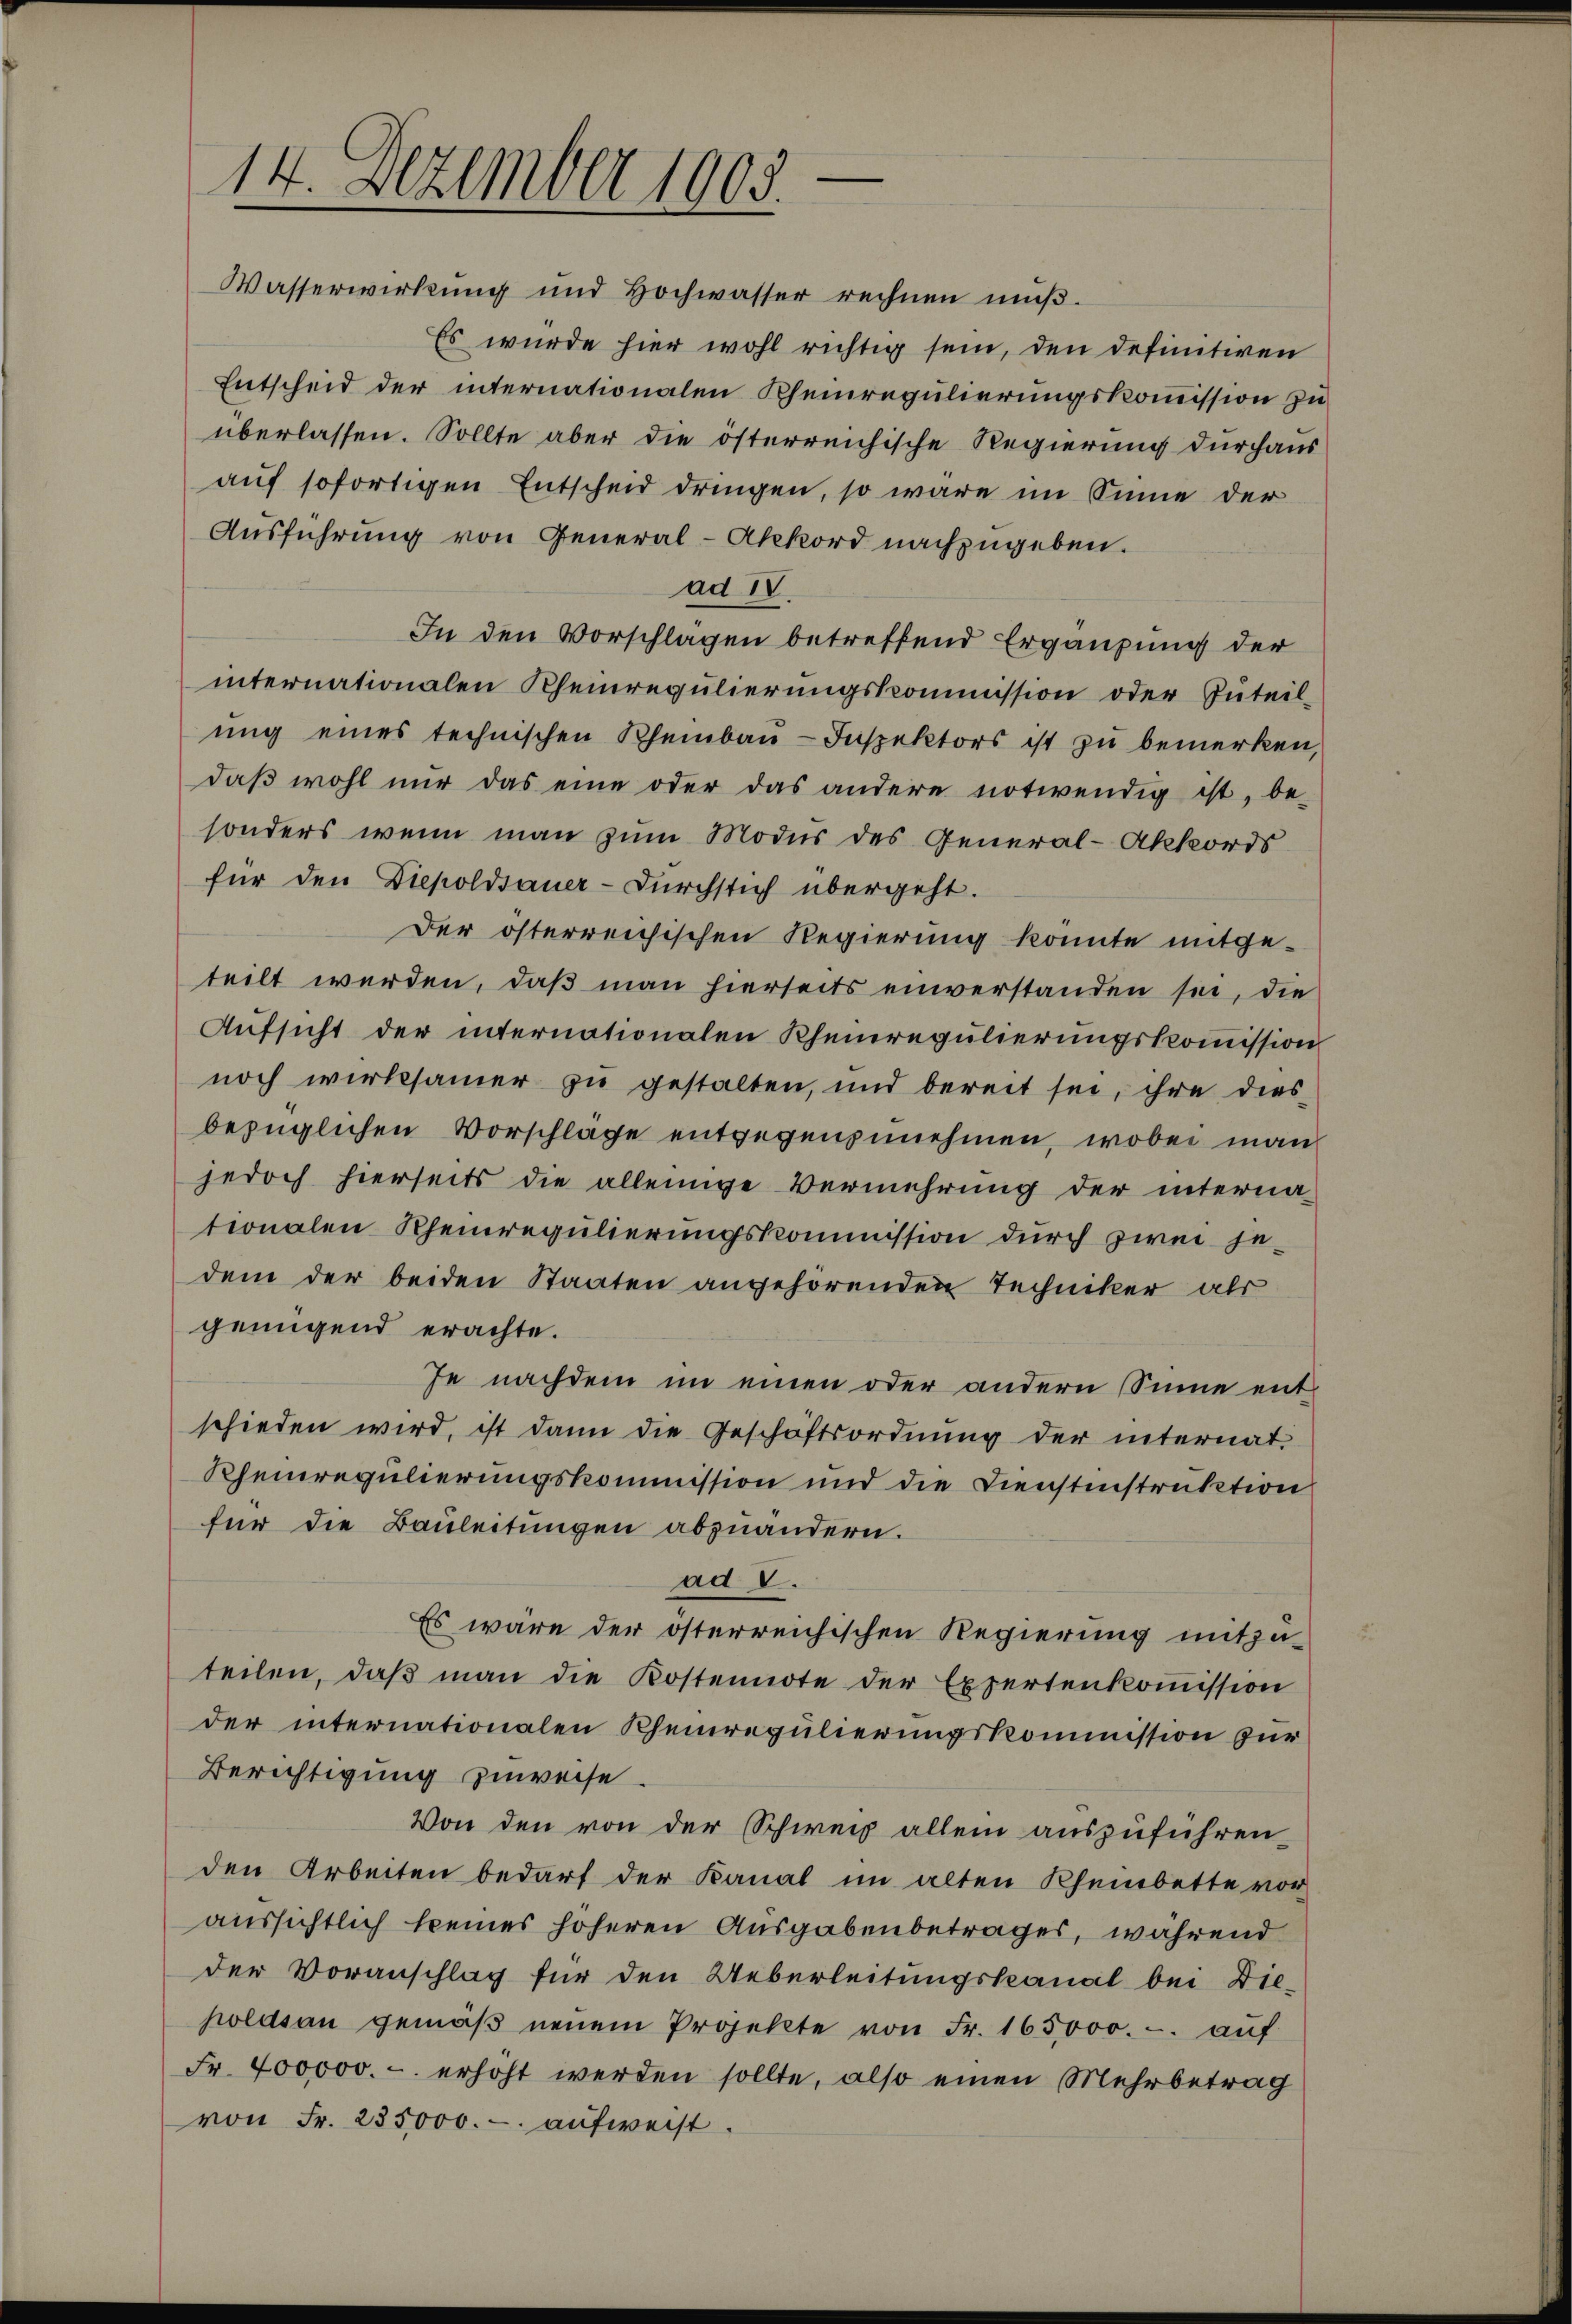
Wasserwirkung und Hochwasser rechnen mŭβ.
Es wurde hier wohl richtig sein, den definitiven
Entscheid der internationalen Rheinregulierungskommission zu
überlassen. Sollte aber die österreichische Regierung durchaus
auf sofortigen Entscheid dringen, so wäre im Sinne der
Ausführung von General-Akkord nachzugeben.
ad 1.
In den Vorschlägen betreffend Ergänzung der
internationalen Rheinregulierungskommission oder Zuteil-
ŭng eines technischen Rheinbaŭ-Inspektors ist zu bemerken,
daβ wohl nŭr das eine oder das andere notwendig ist, be-
sonders wenn man zum Modus des General-Akkords
für den Diepoldsauer-Durchstich übergeht.
Der österreichischen Regierung könnte mitgeteilt werden, daß man hierseits einverstanden sei, die
Aufsicht der internationalen Rheinregulierungskommission
noch wirksamer zu gestalten, und bereit sei, ihre dies
bezüglichen Vorschlage entgegenzunehmen, wobei man
jedoch hierseits die alleinige Vermehrung der interna-
tionalen Rheinregulierungskommission durch zwei jedem der beiden Staaten angehörenden Techniker als
genügend erachte.
Je nachdem im einen oder andern Sinne entschieden wird, ist dann die Geschäftsordnung der internat.
Rheinregulierungskommission und die Dienstinstruktion
für die Bauleitungen abzuändern.
ad V.
Es wäre der österreichischen Regierung mitzu-
teilen, daβ man die Kostennote der Expertenkoṁission
der internationalen Rheinregulierungskommission zur
Berichtigung zuweise.
Von den von der Schweiz allein auszuführen
den Arbeiten bedarf der Kanal im alten Rheinbette vor
aussichtlich keines höheren Ausgabenbetrages, während
der Voranschlag für den Ueberleitungskanal bei Die-
solds an gemäβ neuem Projekte von Fr. 165,000.- aŭf
Fr. 400000.- erhöht werden sollte, also einen Mehrbetrag
von Fr. 235,000.- aufweist.

14. Dezember 1903.